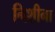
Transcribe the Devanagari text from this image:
निशीना